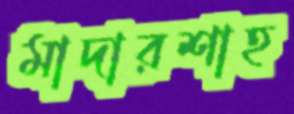
মাদারশাহ